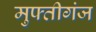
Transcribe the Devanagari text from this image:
मुफ्तीगंज